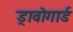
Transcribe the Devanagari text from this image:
ड्रावोगार्ड